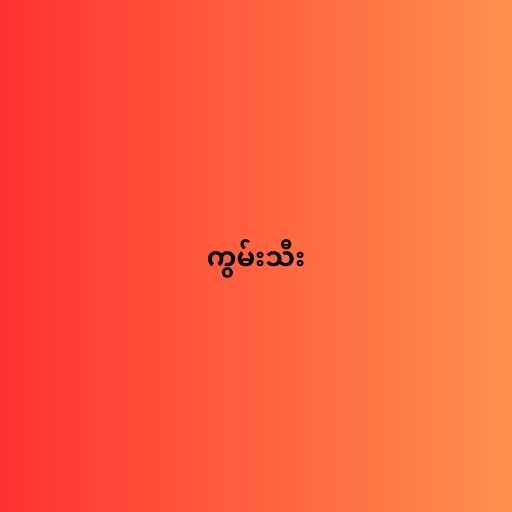
ကွမ်းသီး